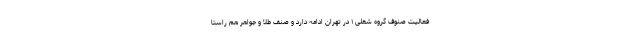
فعالیت صنوف گروه شغلی ۱ در تهران ادامه دارد و صنف طلا و جواهر هم راستا